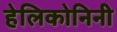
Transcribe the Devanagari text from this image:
हेलिकोनिनी